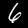
Label: 6